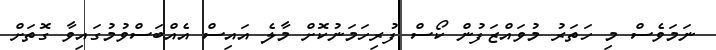
ނަމަވެސް މި ހަތަރު މުވައްޒަފުން ކޯސް ފުރިހަމަނުކޮށް މާލެ އައިސް އެއްބަސްވުމުގައިވާ ގޮތަށް